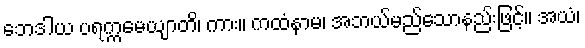
ဘေဒါယ ပရက္ကမေယျာတိ၊ ကား။ ကထံနာမ၊ အဘယ်မည်သောနည်းဖြင့်။ အယံ၊